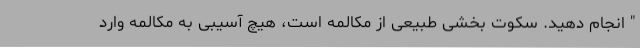
" انجام دهید. سکوت بخشی طبیعی از مکالمه است، هیچ آسیبی به مکالمه وارد